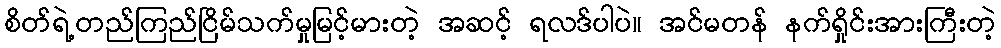
စိတ်ရဲ့တည်ကြည်ငြိမ်သက်မှုမြင့်မားတဲ့ အဆင့် ရလဒ်ပါပဲ။ အင်မတန် နက်ရှိုင်းအားကြီးတဲ့